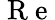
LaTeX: {\mathrm{~R~e~}}